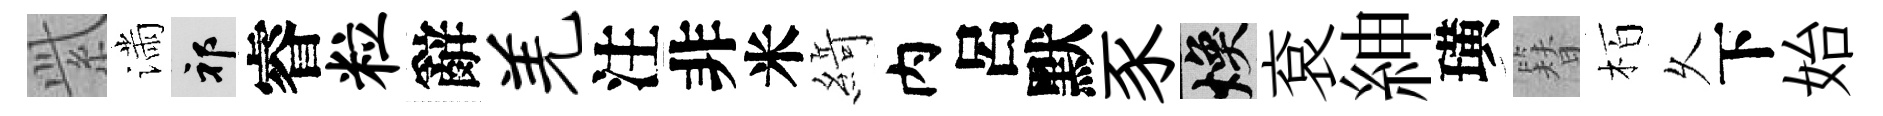
𬗋滿祁睿粒辭羌注非米𦂶内呂默豕焕袞紳璜簪栢乆下始